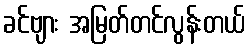
ခင်ဗျား အမြတ်တင်လွန်းတယ်